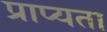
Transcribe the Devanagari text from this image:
प्राप्यता